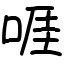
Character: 啀